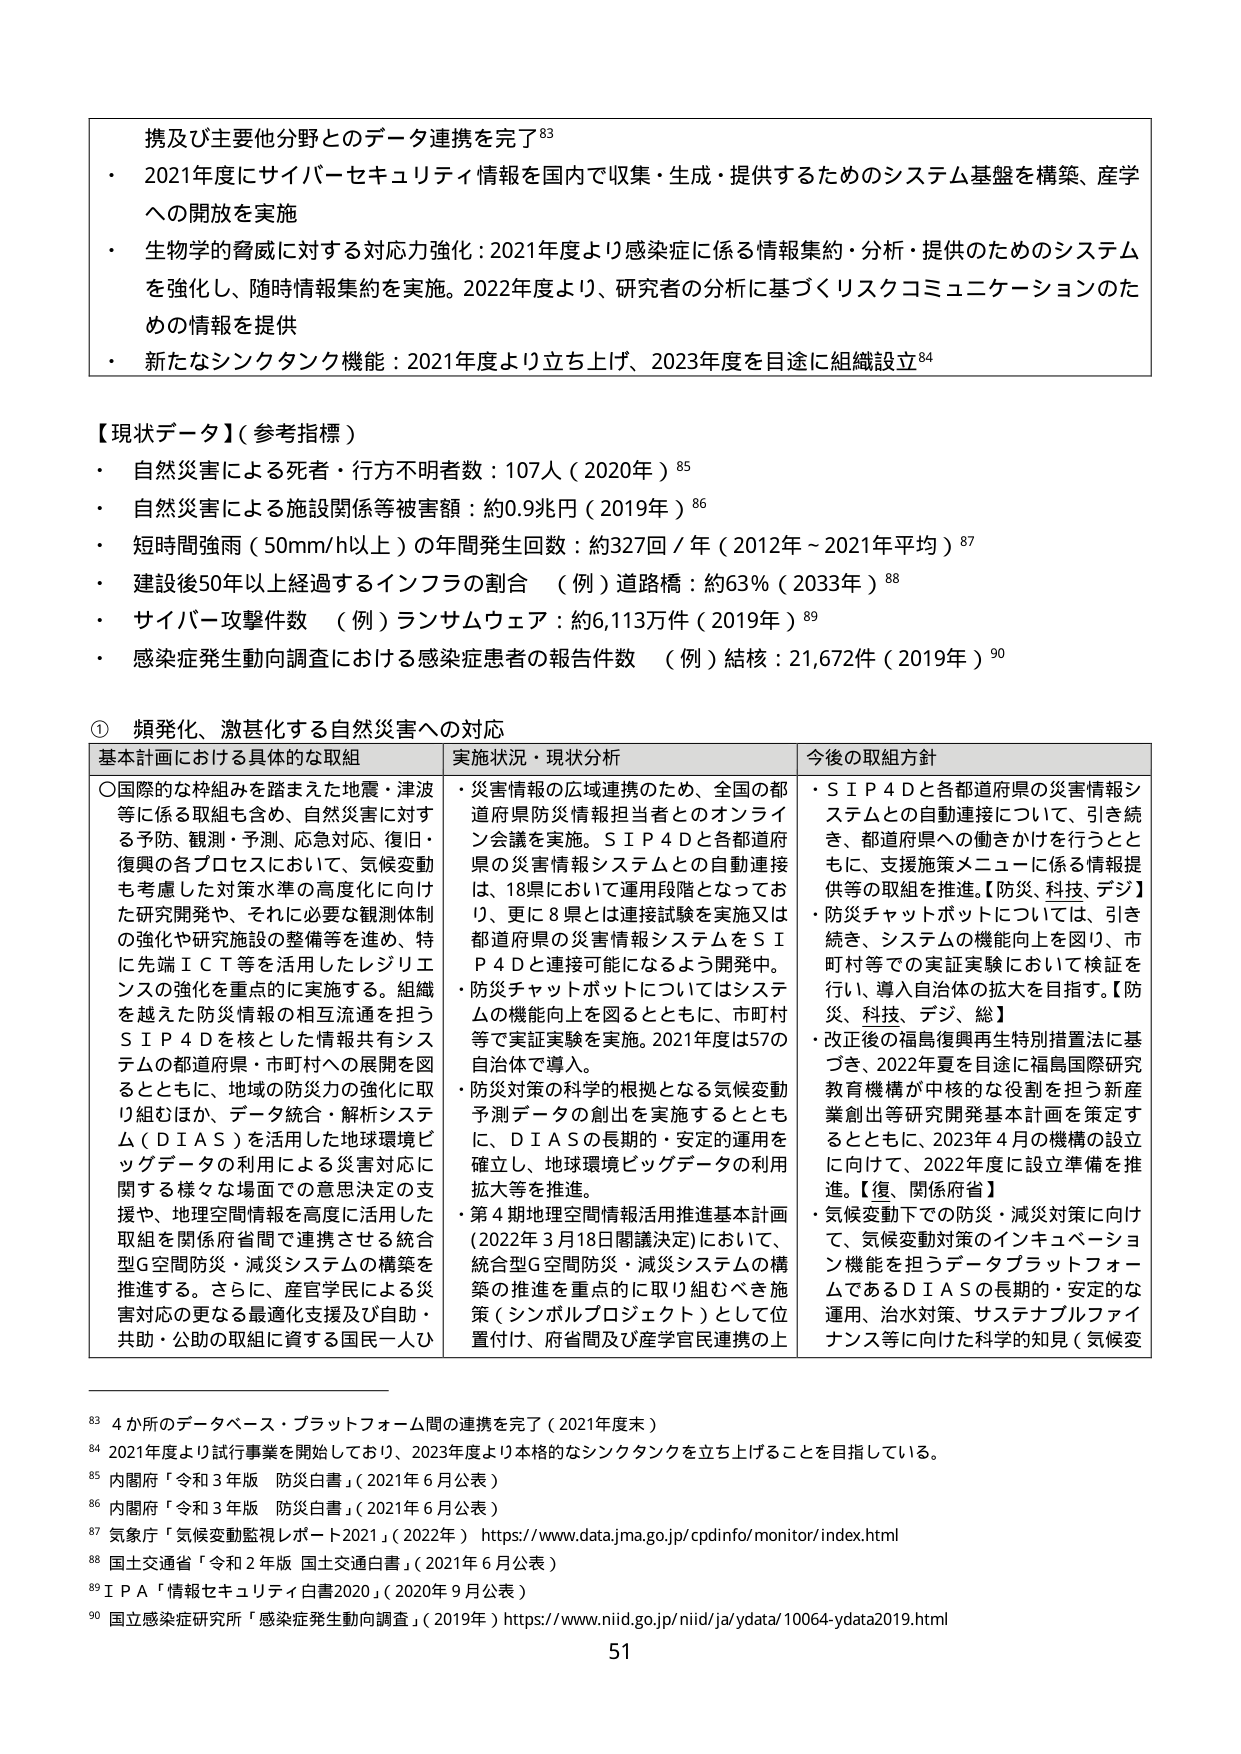
携及び主要他分野とのデータ連携を完了⁸³
・ 2021年度にサイバーセキュリティ情報を国内で収集・生成・提供するためのシステム基盤を構築、産学への開放を実施
・ 生物学的脅威に対する対応力強化：2021年度より感染症に係る情報集約・分析・提供のためのシステムを強化し、随時情報集約を実施。2022年度より、研究者の分析に基づくリスクコミュニケーションのための情報を提供
・ 新たなシンクタンク機能：2021年度より立ち上げ、2023年度を目途に組織設立⁸⁴

【現状データ】（参考指標）
・ 自然災害による死者・行方不明者数：107人（2020年）⁸⁵
・ 自然災害による施設関係等被害額：約0.9兆円（2019年）⁸⁶
・ 短時間強雨（50mm/h以上）の年間発生回数：約327回／年（2012年～2021年平均）⁸⁷
・ 建設後50年以上経過するインフラの割合 （例）道路橋：約63％（2033年）⁸⁸
・ サイバー攻撃件数 （例）ランサムウェア：約6,113万件（2019年）⁸⁹
・ 感染症発生動向調査における感染症患者の報告件数 （例）結核：21,672件（2019年）⁹⁰

① 頻発化、激甚化する自然災害への対応

基本計画における具体的な取組
〇国際的な枠組みを踏まえた地震・津波等に係る取組も含め、自然災害に対する予防、観測・予測、応急対応、復旧・復興の各プロセスにおいて、気候変動も考慮した対策水準の高度化に向けた研究開発や、それに必要な観測体制の強化や研究施設の整備等を進め、特に先端ＩＣＴ等を活用したレジリエンスの強化を重点的に実施する。組織を越えた防災情報の相互流通を担うＳＩＰ４Ｄを核とした情報共有システムの都道府県・市町村への展開を図るとともに、地域の防災力の強化に取り組むほか、データ統合・解析システム（ＤＩＡＳ）を活用した地球環境ビッグデータの利用による災害対応に関する様々な場面での意思決定の支援や、地理空間情報を高度に活用した取組を関係府省間で連携させる統合型G空間防災・減災システムの構築を推進する。さらに、産官学民による災害対応の更なる最適化支援及び自助・共助・公助の取組に資する国民一人ひとり

実施状況・現状分析
・災害情報の広域連携のため、全国の都道府県防災情報担当者とのオンライン会議を実施。ＳＩＰ４Ｄと各都道府県の災害情報システムとの自動連接は、18県において運用段階となっており、更に8県とは連接試験を実施又は都道府県の災害情報システムをＳＩＰ４Ｄと連接可能になるよう開発中。
・防災チャットボットについてはシステムの機能向上を図るとともに、市町村等で実証実験を実施。2021年度は57の自治体で導入。
・防災対策の科学的根拠となる気候変動予測データの創出を実施するとともに、ＤＩＡＳの長期的・安定的運用を確立し、地球環境ビッグデータの利用拡大等を推進。
・第4期地理空間情報活用推進基本計画（2022年3月18日閣議決定）において、統合型G空間防災・減災システムの構築の推進を重点的に取り組むべき施策（シンボルプロジェクト）として位置付け、府省間及び産学官民連携の上

今後の取組方針
・ＳＩＰ４Ｄと各都道府県の災害情報システムとの自動連接について、引き続き、都道府県への働きかけを行うとともに、支援施策メニューに係る情報提供等の取組を推進。【防災、科技、デジ】
・防災チャットボットについては、引き続き、システムの機能向上を図り、市町村等での実証実験において検証を行い、導入自治体の拡大を目指す。【防災、科技、デジ、総】
・改正後の福島復興再生特別措置法に基づき、2022年夏を目途に福島国際研究教育機構が中核的な役割を担う新産業創出等研究開発基本計画を策定するとともに、2023年4月の機構の設立に向けて、2022年度に設立準備を推進。【復、関係府省】
・気候変動下での防災・減災対策に向け、気候変動対策のインキュベーション機能を担うデータプラットフォームであるＤＩＡＳの長期的・安定的な運用、治水対策、サステナブルファイナンス等に向けた科学的知見（気候変

⁸³ 4か所のデータベース・プラットフォーム間の連携を完了（2021年度末）
⁸⁴ 2021年度より試行事業を開始しており、2023年度より本格的なシンクタンクを立ち上げることを目指している。
⁸⁵ 内閣府「令和3年版 防災白書」（2021年6月公表）
⁸⁶ 内閣府「令和3年版 防災白書」（2021年6月公表）
⁸⁷ 気象庁「気候変動監視レポート2021」（2022年） https://www.data.jma.go.jp/cpdinfo/monitor/index.html
⁸⁸ 国土交通省「令和2年版 国土交通白書」（2021年6月公表）
⁸⁹ ＩＰＡ「情報セキュリティ白書2020」（2020年9月公表）
⁹⁰ 国立感染症研究所「感染症発生動向調査」（2019年） https://www.niid.go.jp/niid/ja/ydata/10064-ydata2019.html

51